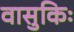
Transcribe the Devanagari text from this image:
वासुकिः